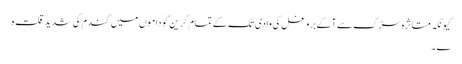
کیونکہ متاثرہ سڑک سے آگے بروغل کی وادی تک کے تمام گرین گوداموں میں گندم کی شدید قلت ہ
ے ۔